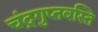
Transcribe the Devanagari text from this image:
चंद्रगुप्तबस्ति